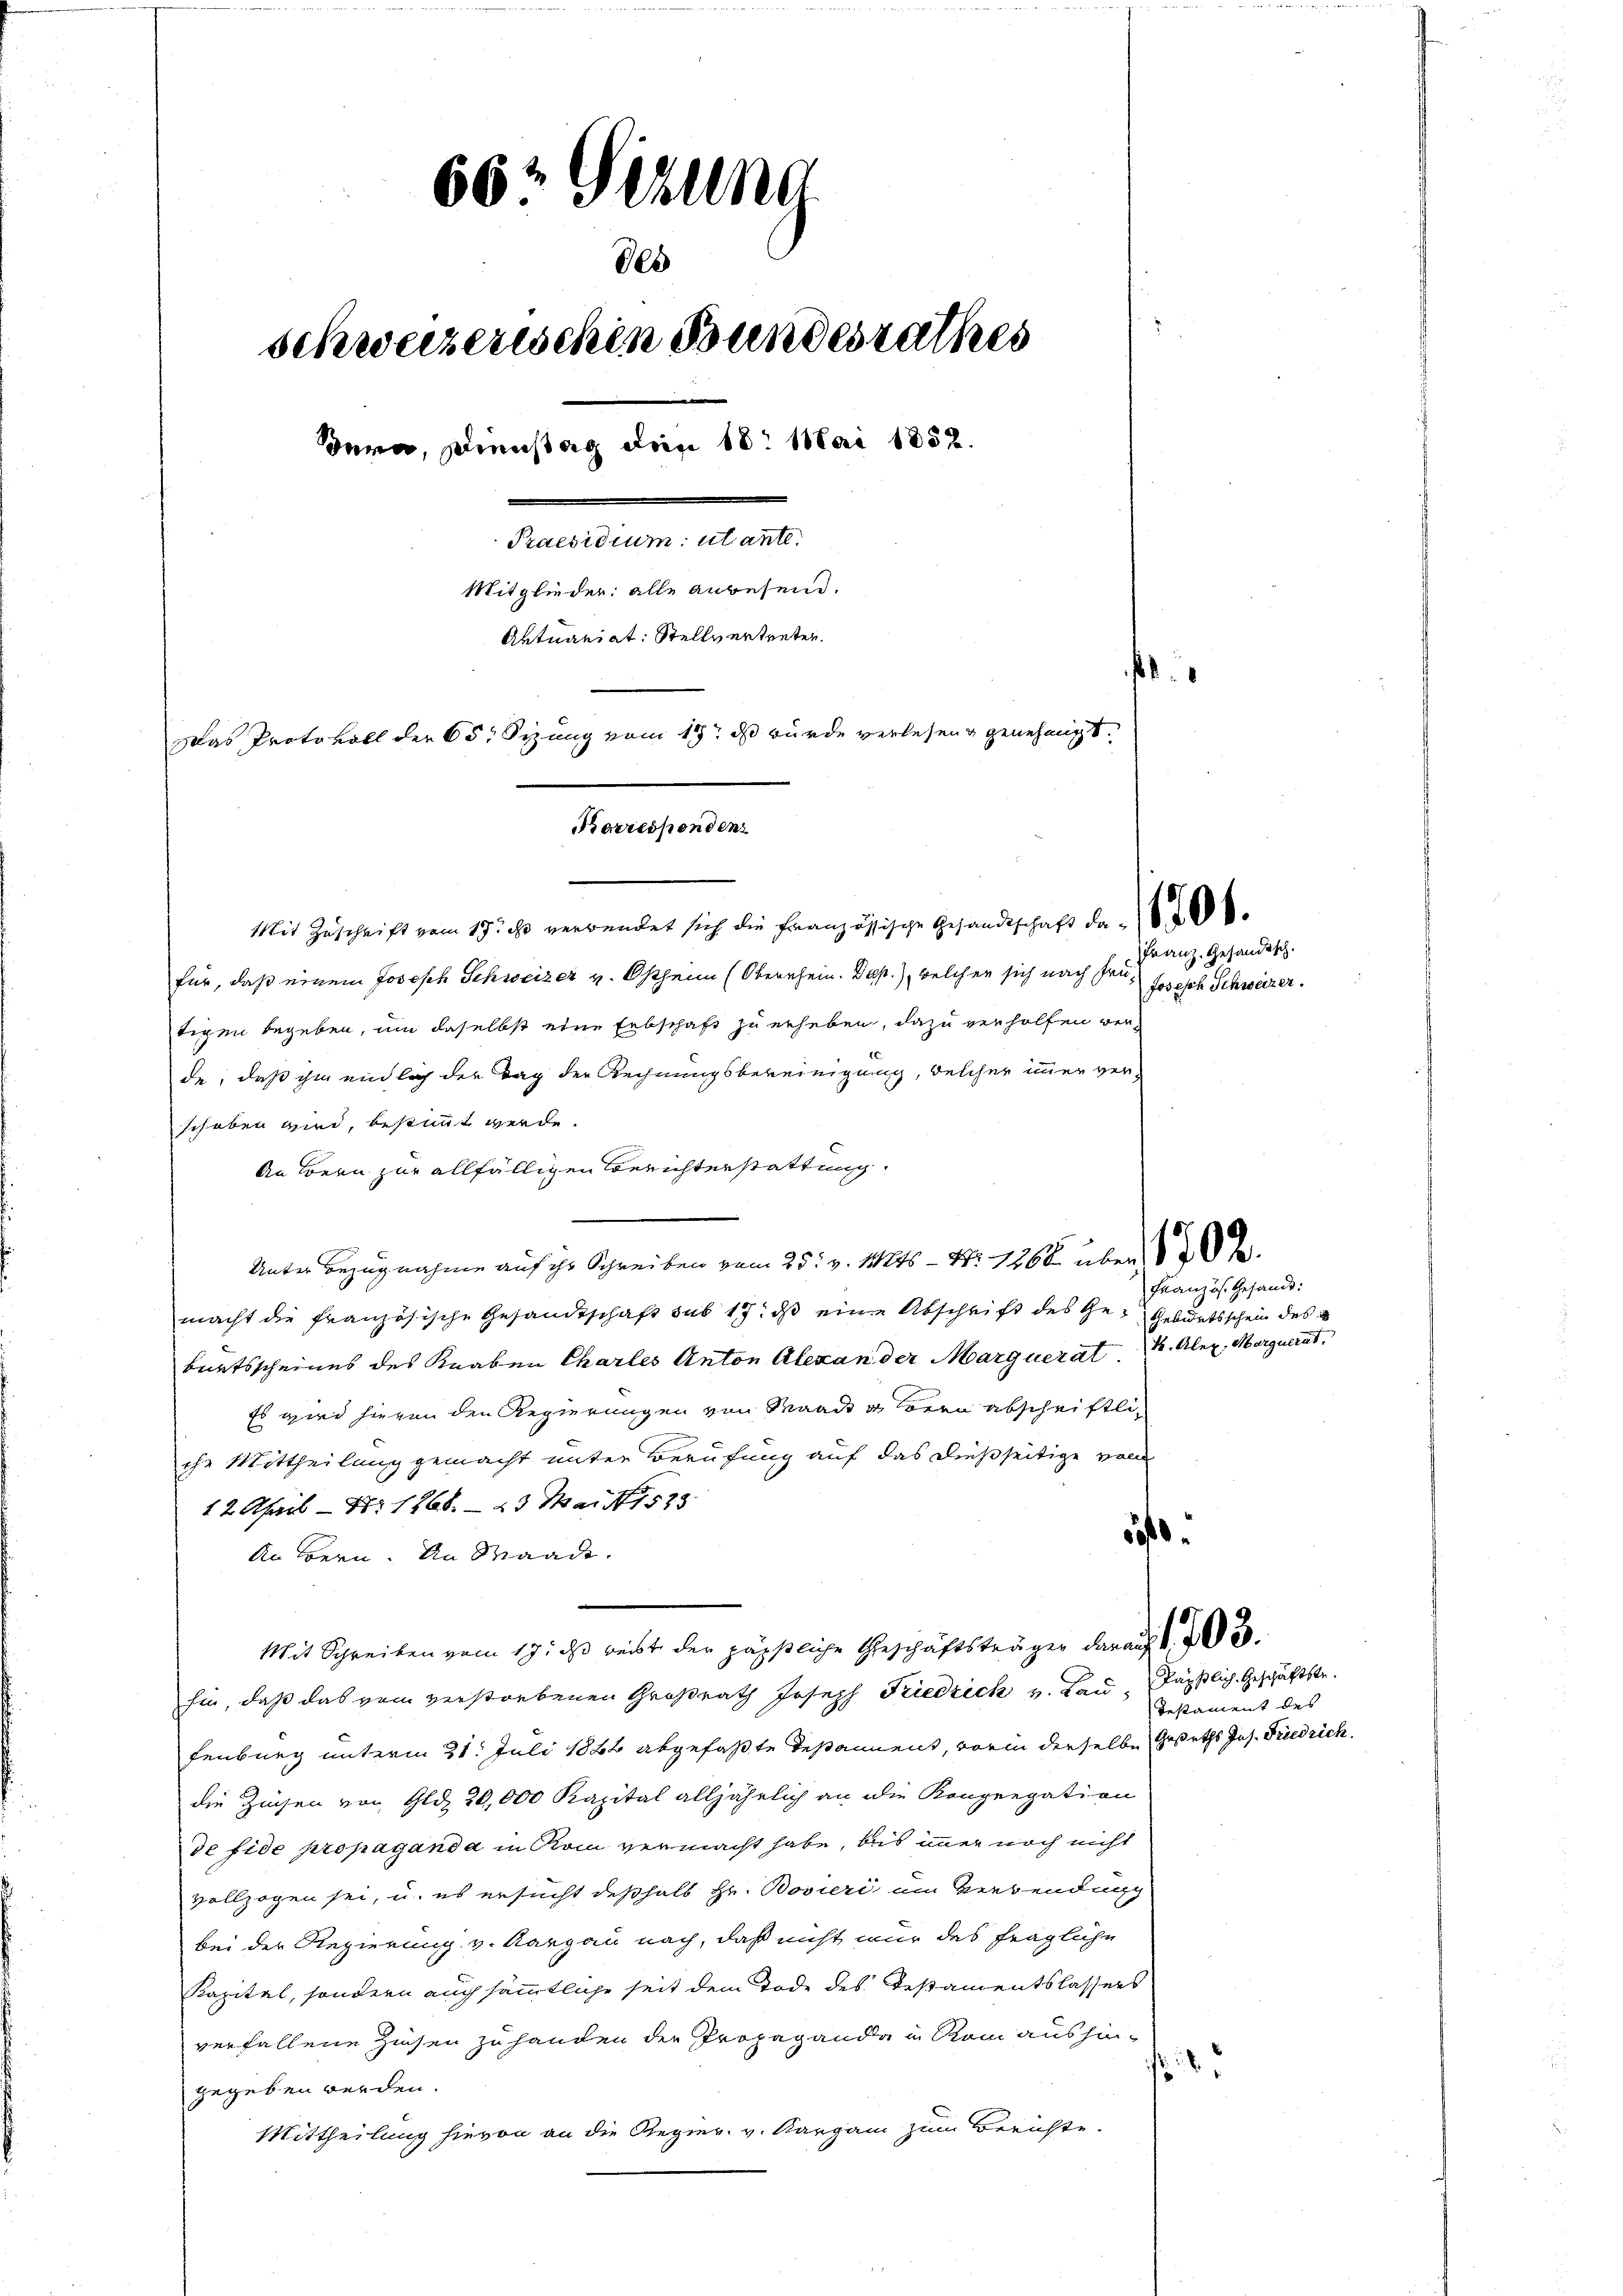
66. Gesund
des
schweizerischen Bundesrathes
Bern, Dienstag dien 18. Mai 1832.
Praesidium utante.
Mitglieder: alle anwesend.
Aktuariat: Stellvertreten.
b
Das Protokoll der 65. Sizung vom 19. ds wurde verlesen genehmigt.
Korrespondenz

Mit Zuschrift vom 19t es verwendet sich die Französische Gesandtschaft da
für, daß einem Joseph Schweizer v. Ostheim (Oberrhein. Dep.), welcher sich nach Friz Josisch Schweizer.
tigen begeben, um daselbst eine Erbschaft zu erheben, dazu verholfen verde, daß ihm endlich der Tag der Rechnungsbereinigung, welcher immer verschoben wird, bestimmt werde.
An Bern zur allfälligen Berichterstattung
Unter Bezugnahme auf ihr Schreiben vom 25. v. 14246 - Nr. 1768 über 1807.
macht die französische Gesandtschaft sub 17. dβ eine Abschrift des Ge- Geburtsschein des
burtsscheines des Knaben Charles Anton Alexan der Marguerat. Aber, Marguerat
Es wird hievon den Regierungen von Maack gern abschriftliche Mittheilung gemacht unter Berufung auf das dießseitige voll
12. April - Nr. 1868. – 23 Mai 1533
An Bern. An Waadt.
Mit Schreiben vom 19. ds reist der päpstliche Geschäftsträger darauf d
hin, daß das vom verstorbenen Großrath Joseph Friedrich v. Lau Jäpstlich-Geschäftstr.
fenburg unterm 31. Juli 1882 abgefaßte Testament, worin derselbe Gesetzs Jos. Friedrich
die Zinsen von Gldz 20,000 Kapital alljährlich an die Kongregation
de fide propaganda in Rom vermacht habe, bis immer noch nicht
vollzogen sei, u. es ersucht deßhalb Hr. Boveri um Verbendung
bei der Regierung v. Aargau nach, daß nicht nur das fragliche
Kapital, sondern auch sämmtliche seit dem Tode des Gestamentslassens
verfallene Zinsen zu handen die Propaganda in Rom aushin¬
.
gegeben werden.
Mittheilung hievon an die Regier v. Aargau zum Berichte.

Franz. Gesandtsch.

Französ. Gesandt:

50

Testament des